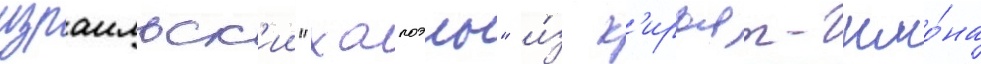
израильск'ии "хапоэль" и́з к'ирьят-шмо́на